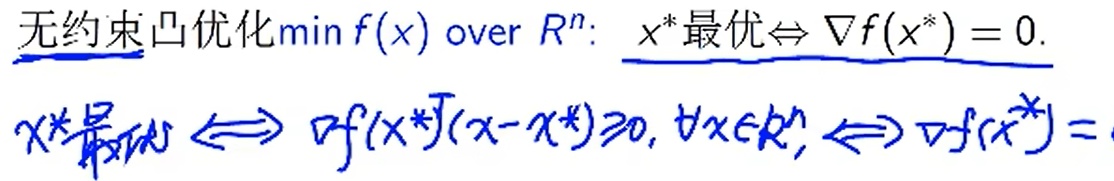
无约束凸优化$\min f(x)$ over $\mathbb{R}^n$:
$x^{*}$最优$\Leftrightarrow \nabla f(x^{*}) = 0.$
$x^{*}$最优$\Longleftrightarrow \nabla f(x^{*})^{\mathrm{T}}(x - x^{*})\geq0, \forall x\in\mathbb{R}^n \Longleftrightarrow \nabla f(x^{*}) = 0$